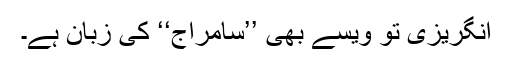
انگریزی تو ویسے بھی ’’سامراج‘‘ کی زبان ہے۔